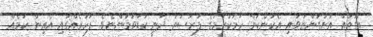
އަގުތައް އަށަގަންނުވައި އެކަންކަން ހާމަކުރުމުގެ ފުރުސަތު ދަނީ ކުޑަވަމުންނެވެ. ފަހަރެއްގައި އެއިން ކަމެއް